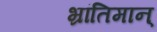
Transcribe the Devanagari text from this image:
भ्रांतिमान्